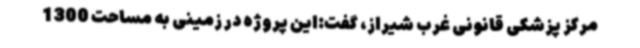
مرکز پزشکی قانونی غرب شیراز، گفت:این پروژه در زمینی به مساحت 1300